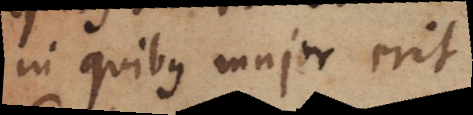
in quibus major erit